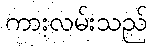
ကားလမ်းသည်